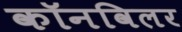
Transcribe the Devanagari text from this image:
कॉनविलर